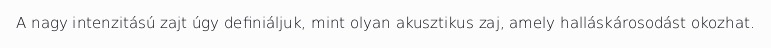
A nagy intenzitású zajt úgy definiáljuk, mint olyan akusztikus zaj, amely halláskárosodást okozhat.